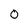
Character: 0